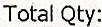
TOTAL QTY: